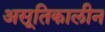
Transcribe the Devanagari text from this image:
असूतिकालीन